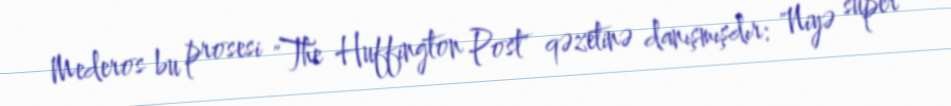
Mederos bu prosesi "The Huffington Post" qəzetinə danışmışdır: "Niyə super